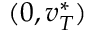
( 0 , v _ { T } ^ { * } )